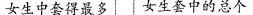
女生中套得最多 女生套中的总个